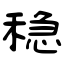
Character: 稳